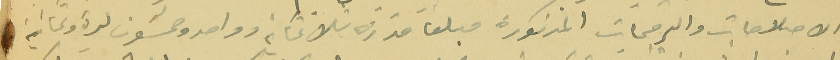
الاصلاحات والترميمات المذكورة مبلغا قدره ثلاثماية وواحد وخمسَون ليرة وثمانية